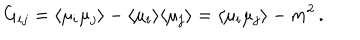
LaTeX: G _ { i j } = \langle \mu _ { i } \mu _ { j } \rangle - \langle \mu _ { i } \rangle \langle \mu _ { j } \rangle = \langle \mu _ { i } \mu _ { j } \rangle - m ^ { 2 } \, .